Civil Veterinary Dept. North-West Frontier Province 1923-32 - 1923-1932
Year: 1923
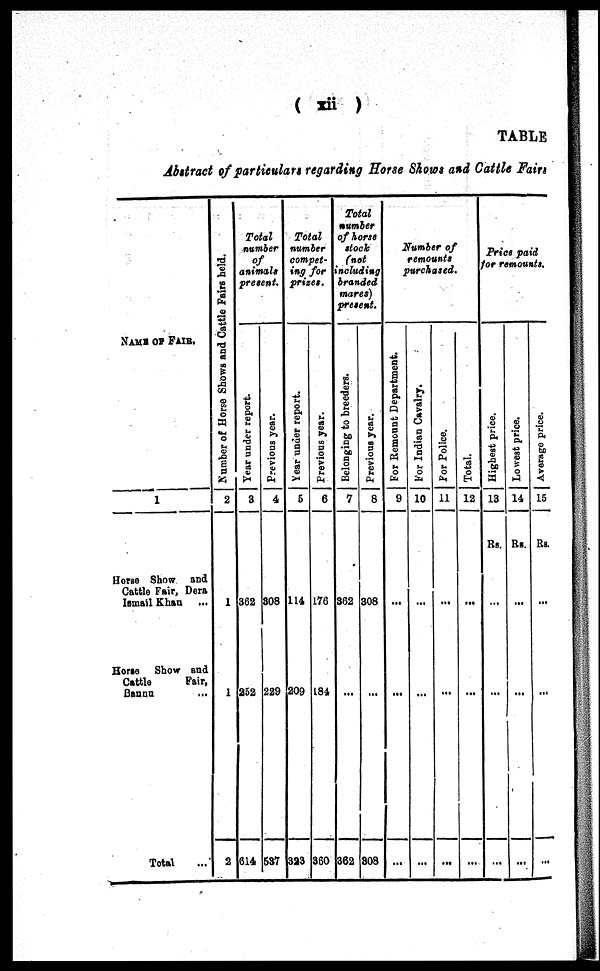
(xii)
TABLE
Abstract of particulars regarding Horse Shows and Cattle Fairs
NAME OF FAIR.
1
Horse Show and
Cattle Fair, Dera
Ismail Khan
Horse Show and
Cattle
Fair,
Bannu ...
Total ...
Number
of Horse Shows and Cattle Fairs held.
2
1
1
2
Total
number
of
animals
present.
Year under report.
3
362
252
614
Previous year.
4
308
229
537
Total
number
compet-
ing for
prizes.
Year under report.
5
114
209
323
Previous year.
6
176
184
360
Total
number
of horse
stock
(not
including
branded
mares)
present.
Belonging to breeders.
7
362
...
362
Previous year.
8
308
...
308
Number of
remounts
purchased
For Remount Department.
9
...
...
...
For Indian Cavalry.
10
...
...
...
For Police.
11
...
...
...
Total.
12
...
...
...
Price paid
for remounts.
Highest price.
13
Rs.
...
...
...
Lowest price.
14
Rs.
...
...
...
Average price.
15
Rs.
...
...
...